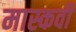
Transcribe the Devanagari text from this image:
मास्कवी